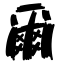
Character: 爾